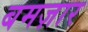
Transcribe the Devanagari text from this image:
बमज़ार